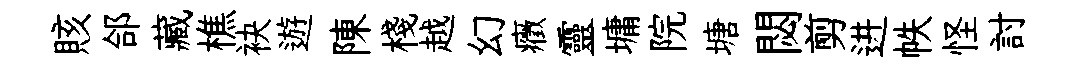
賅郃藏樵袂遊陳棧越幻癥靈墉院塘閟剪进帙怪討